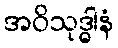
အဝိသုဒ္ဓါနံ